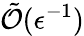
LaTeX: \tilde{\mathcal O}(\epsilon^{-1})